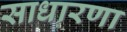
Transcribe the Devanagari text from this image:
साधारणा